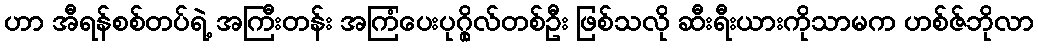
ဟာ အီရန်စစ်တပ်ရဲ့ အကြီးတန်း အကြံပေးပုဂ္ဂိုလ်တစ်ဦး ဖြစ်သလို ဆီးရီးယားကိုသာမက ဟစ်ဇ်ဘိုလာ